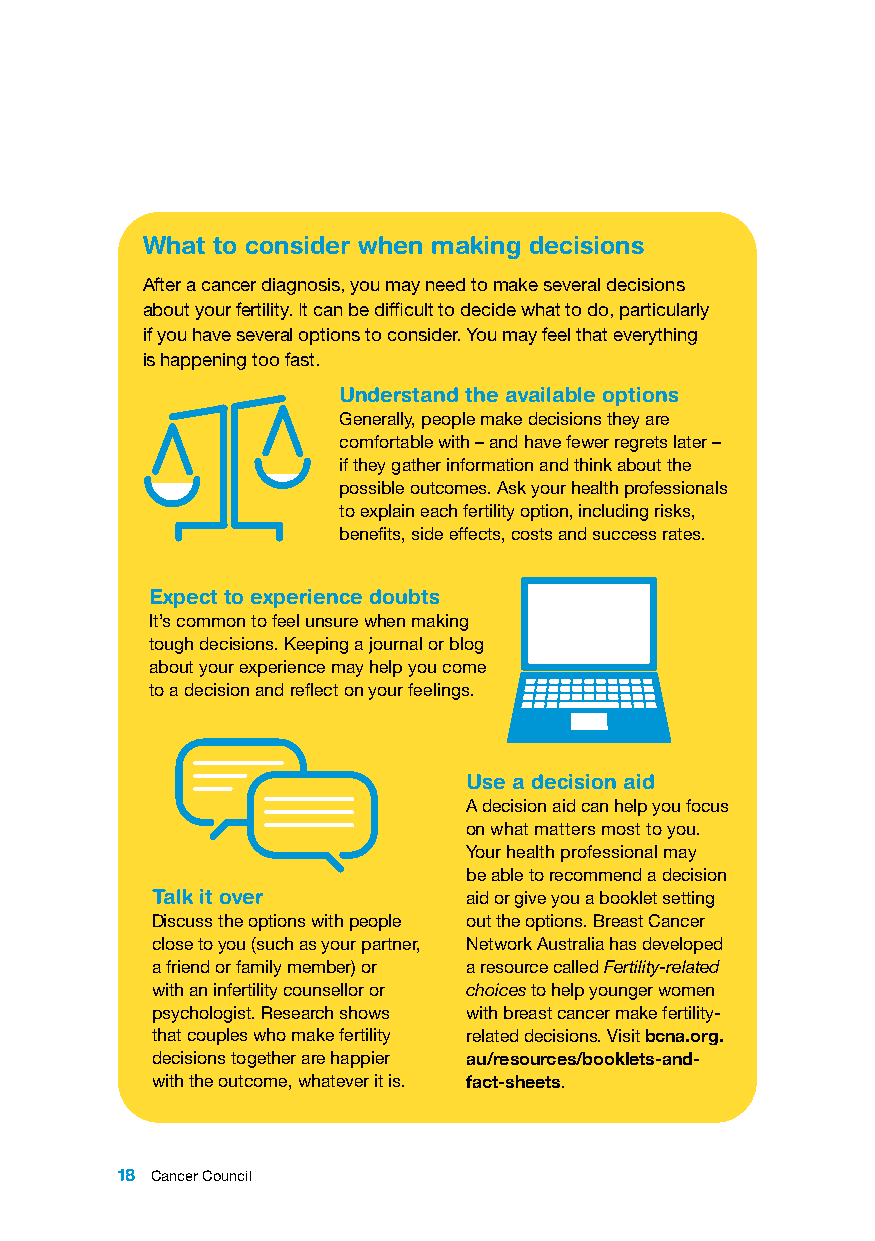
What to consider when making decisions
 After a cancer diagnosis, you may need to make several decisions
 about your fertility. It can be difficult to decide what to do, particularly
 if you have several options to consider. You may feel that everything
 is happening too fast.
 Understand the available options
 Generally, people make decisions they are
 comfortable with – and have fewer regrets later –
 if they gather information and think about the
 possible outcomes. Ask your health professionals
 to explain each fertility option, including risks,
 benefits, side effects, costs and success rates.
 Expect to experience doubts
 It’s common to feel unsure when making
 tough decisions. Keeping a journal or blog
 about your experience may help you come
 to a decision and reflect on your feelings.
 Use a decision aid
 A decision aid can help you focus
 on what matters most to you.
 Your health professional may
 be able to recommend a decision
 Talk it over         aid or give you a booklet setting
 Discuss the options with people out the options. Breast Cancer
 close to you (such as your partner, Network Australia has developed
 a friend or family member) or a resource called Fertility-related
 with an infertility counsellor or choices to help younger women
 psychologist. Research shows with breast cancer make fertility-
 that couples who make fertility related decisions. Visit bcna.org.
 decisions together are happier au/resources/booklets-and-
 with the outcome, whatever it is. fact-sheets.
 18 Cancer Council